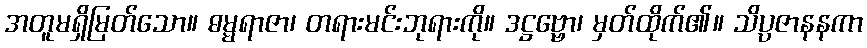
အတူမရှိမြတ်သော။ ဓမ္မရာဇာ၊ တရားမင်းဘုရားကို။ ဒဋ္ဌဗ္ဗော၊ မှတ်ထိုက်၏။ သိပ္ပဇာနနကာ